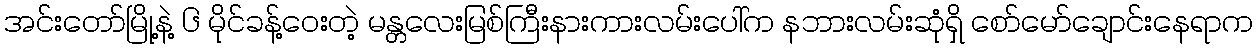
အင်းတော်မြို့နဲ့ ၆ မိုင်ခန့်ဝေးတဲ့ မန္တလေးမြစ်ကြီးနားကားလမ်းပေါ်က နဘားလမ်းဆုံရှိ စော်မော်ချောင်းနေရာက